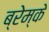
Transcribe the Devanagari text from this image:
ब्रेम्के